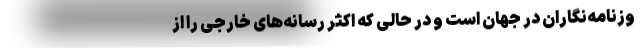
وزنامه‌نگاران در جهان است و در حالی که اکثر رسانه‌های خارجی را از